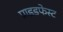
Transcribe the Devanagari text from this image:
प्राइडफेस्ट